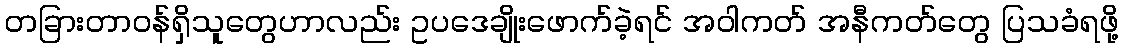
တခြားတာဝန်ရှိသူတွေဟာလည်း ဥပဒေချိုးဖောက်ခဲ့ရင် အဝါကတ် အနီကတ်တွေ ပြသခံရဖို့